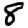
Digit: 8